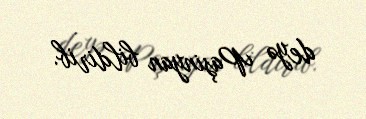
deyə Paşinyan bildirib.